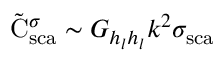
\tilde { \mathrm { { C } } } _ { \mathrm { { s c a } } } ^ { \sigma } \sim G _ { h _ { l } h _ { l } } k ^ { 2 } { \sigma } _ { \mathrm { { s c a } } }